Newspaper: The Weiser signal.
Place of publication: Weiser, Idaho
Publisher: R.E. Lockwood
Date: 1900-08-30 00:00:00
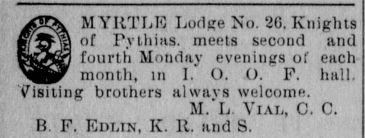
Advertisement text (OCR):
MYHTL13 Lodge No. 20. Knights la of Pythias, meels second and fourth Monday evenings of each month, in I. O. O. F. hall. Visiting brothers always welcome. M. L Vial, C. C. B F. Edlin, K. R. and S.
Label: illustrations